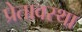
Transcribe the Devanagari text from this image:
प्रेतावस्था